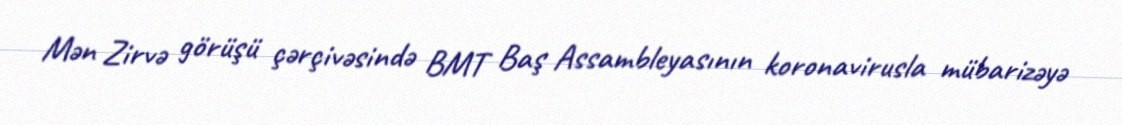
Mən Zirvə görüşü çərçivəsində BMT Baş Assambleyasının koronavirusla mübarizəyə